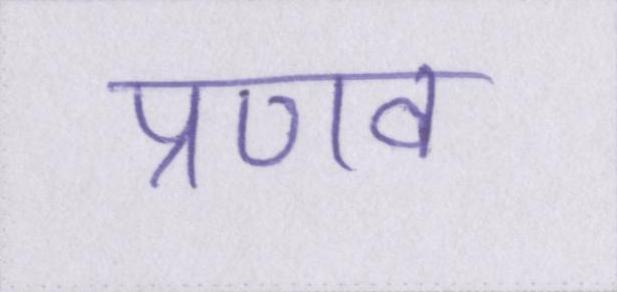
प्रणव